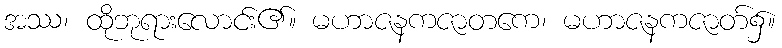
အဿ၊ ထိုဘုရားလောင်း၏။ မဟာဇနကဇာတကေ၊ မဟာဇနကဇာတ်၌။